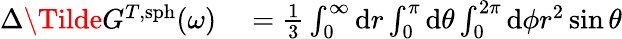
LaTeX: \begin{array}{rl}{\Delta\Tilde{G}^{T,\mathrm{sph}}(\omega)}&{{}=\frac{1}{3}\int_{0}^{\infty}\mathrm{d}r\int_{0}^{\pi}\mathrm{d}\theta\int_{0}^{2\pi}\mathrm{d}\phi r^{2}\sin\theta}\end{array}